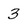
Character: 3